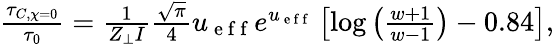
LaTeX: \begin{array}{r}{\frac{\tau_{C,\chi=0}}{\tau_{0}}=\frac{1}{Z_{\perp}I}\frac{\sqrt{\pi}}{4}u_{\mathrm{~e~f~f~}}e^{u_{\mathrm{~e~f~f~}}}\left[\log\left(\frac{w+1}{w-1}\right)-0.84\right],}\end{array}